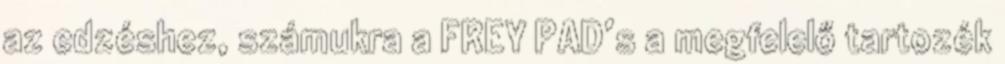
az edzéshez, számukra a FREY PAD’s a megfelelő tartozék